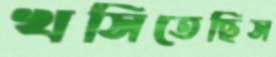
খসিতেছিস